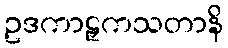
ဥဒကာဠှကသတာနိ